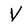
Character: V